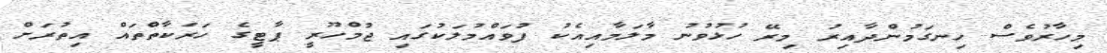
މިހާރުވެސް ހިނގަމުންދާއިރު މިރޭ ހުޅުވުނު މާލަމާއިއެކު ފުވައްމުލަކުގައި ޖުމްހޫރީ ޕާޓީގެ ހަރަކާތްތައް އިތުރަށް